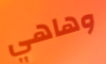
وهاهي